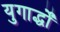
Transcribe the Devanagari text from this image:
युगार्द्धों